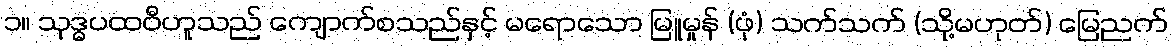
၁။ သုဒ္ဓပထဝီဟူသည် ကျောက်စသည်နှင့် မရောသော မြူမှုန် (ဖုံ) သက်သက် (သို့မဟုတ်) မြေညက်